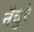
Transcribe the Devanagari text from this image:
नैचुरे